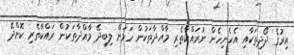
އިރުގެ ދޯދިތަކާއި އެހެނިހެން ނުރައްކާތެރި މާއްދާތަކުން ހަމަށް ލިބިދޭ މާއްދާތަކުން ރައްކާތެރި ކޮށްދޭ